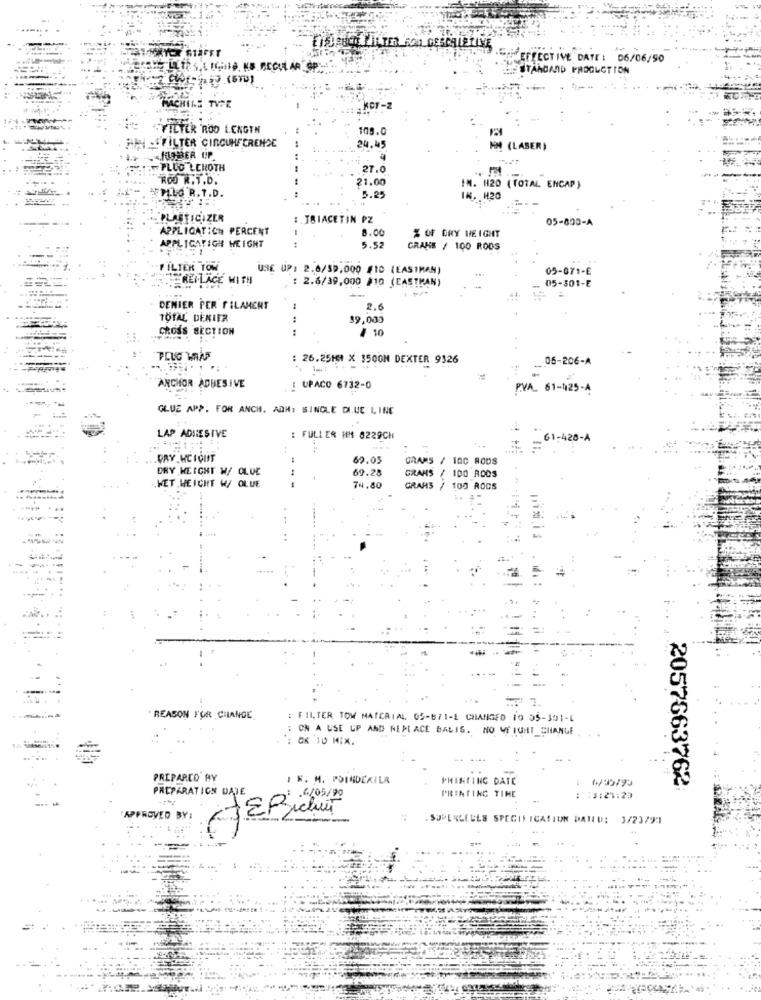
MAYOR STAFET
EINDRUCK THATER CON CERCALETINE
SIN EFFECTIVE DATE : 06/06/90
STANDARD PROGLOTION
MACHINE TYPE
. KOT -2
FILTER ROD LENGTH
109.0
HH -FILTER CIRCUMFERENCE
24.45
MM (LASER)
- HUBER UP
...:- PLUG LEHOTH
27.0
ROD R.T.D.
21.00
IM. H20 (TOTAL ENCAP)
FPILG R. T.D.
5.25
IN. H20
PLASTICIZER
IBIACETIN PZ
05-800-A
APPLICATICH PERCENT
8.00
% OF GRY WEIGHT
APPLICATIGH HEIGHT
5.52
GRANE / 100 RODS
FILTER TOW
UNE UP: 2.6/39.000 #10 (EASTMAN)
05-071-E
REPLACE WITH
: 2.6/39,000 #10 (CASTRAN)
05-301-E
DENIER PER FILAMENT
TOTAL DEKIER
39,000
CROSS SECTION
1 10
: 26.25161 X 3500N DEXTER 9326
05-206-A
ANCHOR ADHESIVE
: UPACO 6732-0
PVA 61-425-A
GLUE APP. FOR ANCH. ADH: SINGLE DUE LINE
LAP ADHESIVE
: FULLER IS 8229CH
61-428-A
=
.PRY HCIOUT
69.05
GRAMS / 100 RODS
DRY WEIGHT W/ OLUC
69.28
GRANS / 100 ROOS
WET HEIGHT W/ OLUE
74.80
GRAHS / 100 ROOS
REASON FOR CHANGE
: FILTER TOW MATERIAL 05-671-L CHANGED 10 55-391-6
: ON A USE UP AND REPLACE BALIS. NO VE IGMI_CHANGE
*: OK 10 MIX.
PREPARCO AY
I K. M. POINDEKILR
PRINTING DATE
PREPARATION DATE
2057663762
: . 4/05/90
PRINTING TIME
13:21:20
APPROVED BY:
.SOPENLELLS SPECIFICATION DATED: 3/23/91